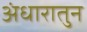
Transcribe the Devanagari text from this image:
अंधारातुन